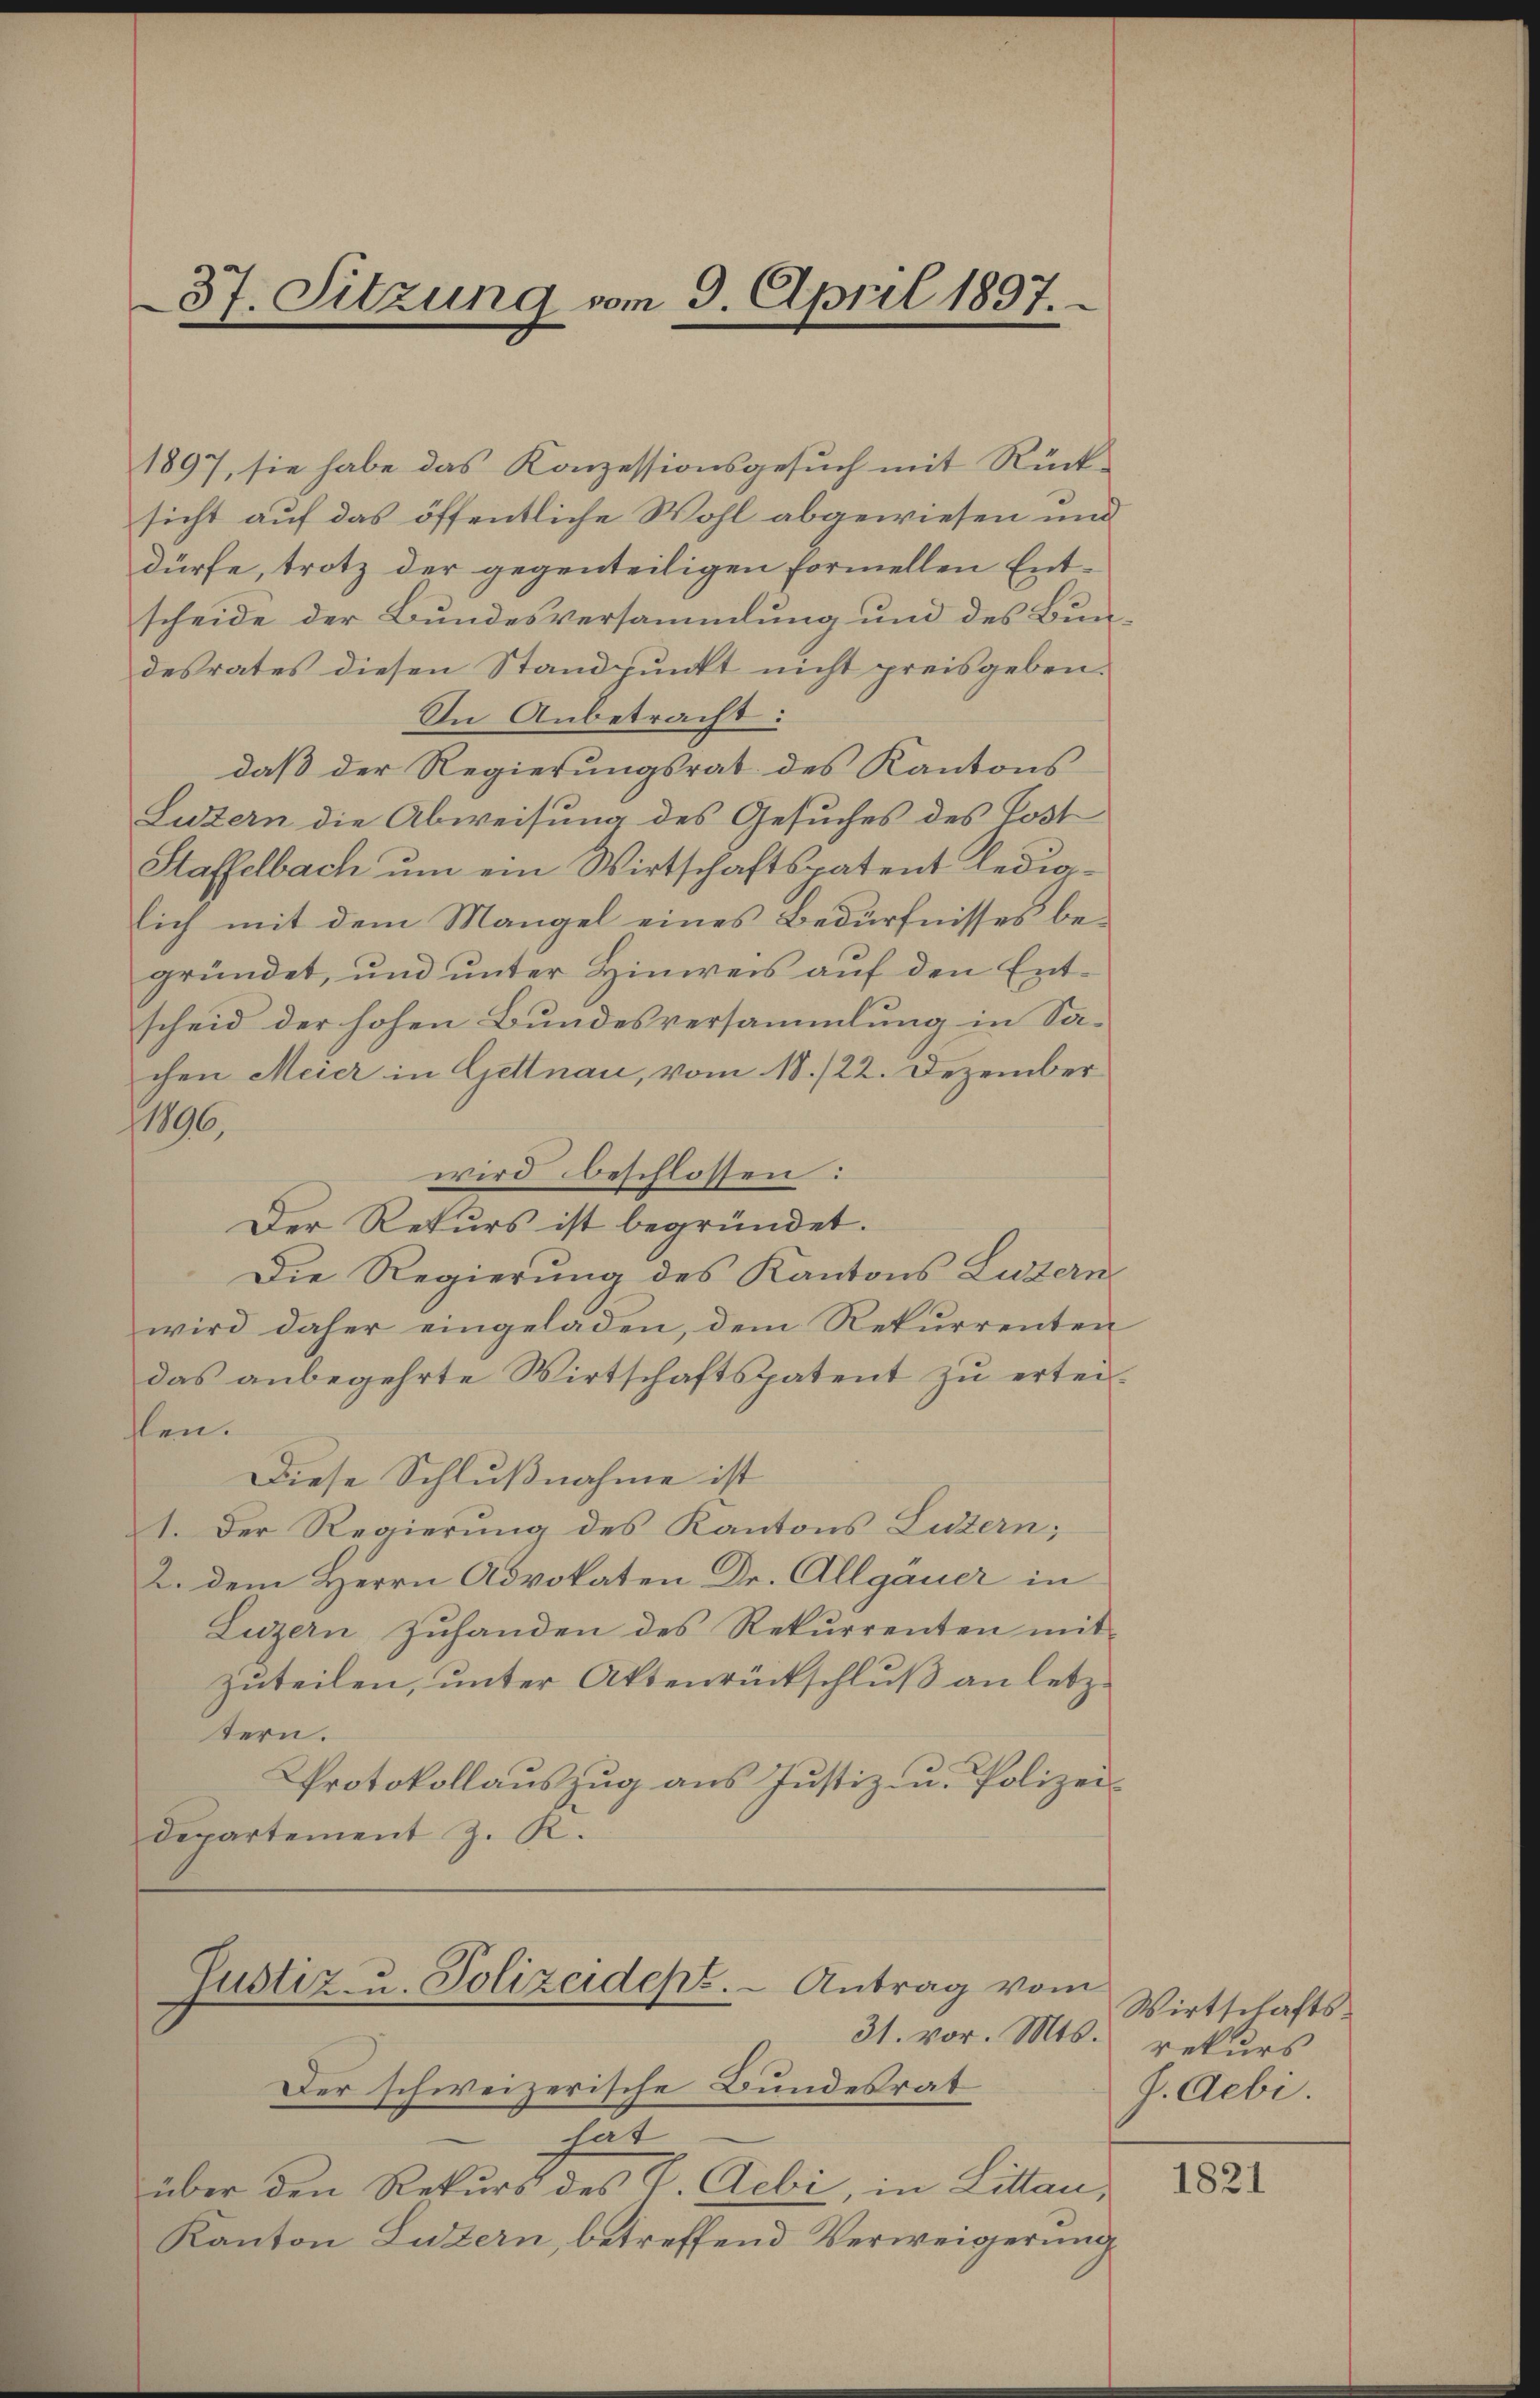
37. Sitzung vom 9. April 1897.
n

Justiz- u. Polizeidept. - Antrag vom
31. vor. Mts. rekurs

1897, sie habe das Konzessionsgesuch mit Rück-
sicht auf das öffentliche Wohl abgewiesen und
dürfe, trotz der gegenteiligen formellen Entscheide der Bundesversammlung und des Bundesrates diesen Standpunkt nicht preisgeben.
In Anbetracht:
daß der Regierungsrat des Kantons
Luzern die Abweisung des Gesuches des Post
Staffelbach um ein Wirtschaftspatent lediglich mit dem Mangel eines Bedürfnisses begründet, und unter Hinweis auf den Entscheid der hohen Bundesversammlung in Sa-
chen Meier in Gettnau, vom 18./22. Dezember
1896.
wird beschlossen:
Der Rekurs ist begründet.
Die Regierung des Kantons Luzern
wird daher eingeladen, dem Rekurrenten
das anbegehrte Wirtschaftspatent zu erteihlen.
Diese Schlußnahme ist
1. Der Regierung des Kantons Luzern;
2. dem Herrn Advokaten Dr. Allgauer in
Luzern zŭhanden des Rekurrenten mit
zuteilen, unter Aktenrückschluß an letztern.
Protokollauszug aus Justiz- u. Polizei¬
Departement J. R.

Der schweizerische Bundesrat
hat
über den Rekurs des V. Aebi, in Littan,
Kanton Luzern, betreffend Verweigerung

Wirtschafts¬
J. Aebi.

1821